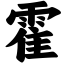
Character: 霍